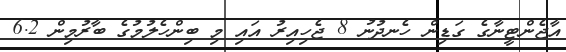
އާޖެންޓީނާގެ ގަޑިން ހެނދުނު 8 ޖެހިއިރު އައި މި ބިންހެލުމުގެ ބާރުމިން 6.2